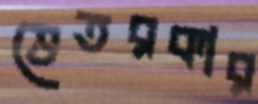
ভেতরকার